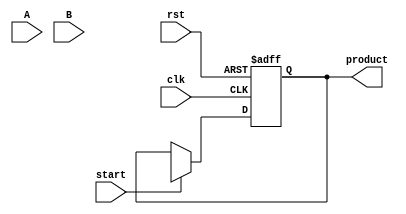
module WallaceTreeMultiplier #(
    parameter N = 8 // Bit-width of the operands
)(
    input wire [N-1:0] A, // First operand
    input wire [N-1:0] B, // Second operand
    input wire start,      // Control signal to start multiplication
    input wire clk,        // Clock signal
    input wire rst,        // Reset signal
    output reg [2*N-1:0] product // Output product
);

    // Partial product generation
    wire [N-1:0] pp [0:N-1]; // Partial products
    genvar i;
    generate
        for (i = 0; i < N; i = i + 1) begin : pp_gen
            assign pp[i] = A & {N{B[i]}}; // ANDing each bit of B with A
        end
    endgenerate

    // Wallace tree structure
    wire [N-1:0] sum [0:N/2-1]; // Sums from CSAs
    wire [N-1:0] carry [0:N/2-1]; // Carries from CSAs

    // Carry-save adder logic
    generate
        for (i = 0; i < N/2; i = i + 1) begin : CSA
            if (i == 0) begin
                assign {carry[i], sum[i]} = pp[2*i] + pp[2*i + 1] + pp[2*i + 2];
            end else begin
                assign {carry[i], sum[i]} = sum[i-1] + pp[2*i + 2] + carry[i-1];
            end
        end
    endgenerate

    // Final addition stage
    wire [2*N-1:0] final_sum;
    wire [2*N-1:0] final_carry;

    assign final_sum = {carry[N/2-1], sum[N/2-1]} + {1'b0, sum[N/2-2]} + {1'b0, carry[N/2-2]};

    // Sequential logic to handle multiplication operation
    always @(posedge clk or posedge rst) begin
        if (rst) begin
            product <= 0;
        end else if (start) begin
            product <= final_sum; // Store the final product
        end
    end

endmodule